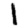
Digit: 1